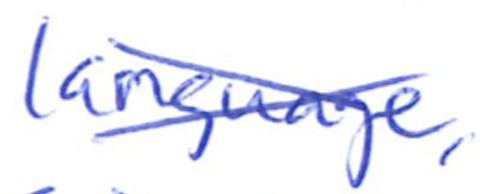
Text: language,
Cross-out: cross
Writing tool: ballpoint